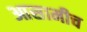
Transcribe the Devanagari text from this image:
आसामीच